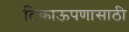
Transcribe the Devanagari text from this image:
टिकाऊपणासाठी